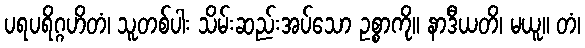
ပရပရိဂ္ဂဟိတံ၊ သူတစ်ပါး သိမ်းဆည်းအပ်သော ဥစ္စာကို။ နာဒီယတိ၊ မယူ။ တံ၊